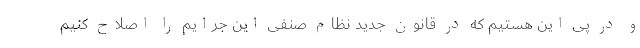
و در پی این هستیم که در قانون جدید نظام صنفی این جرایم را اصلاح کنیم